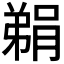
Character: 𮌬